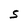
Character: S